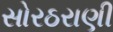
સોરઠરાણી